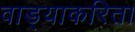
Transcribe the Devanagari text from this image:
वाड्याकरिता